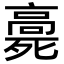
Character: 𩫓